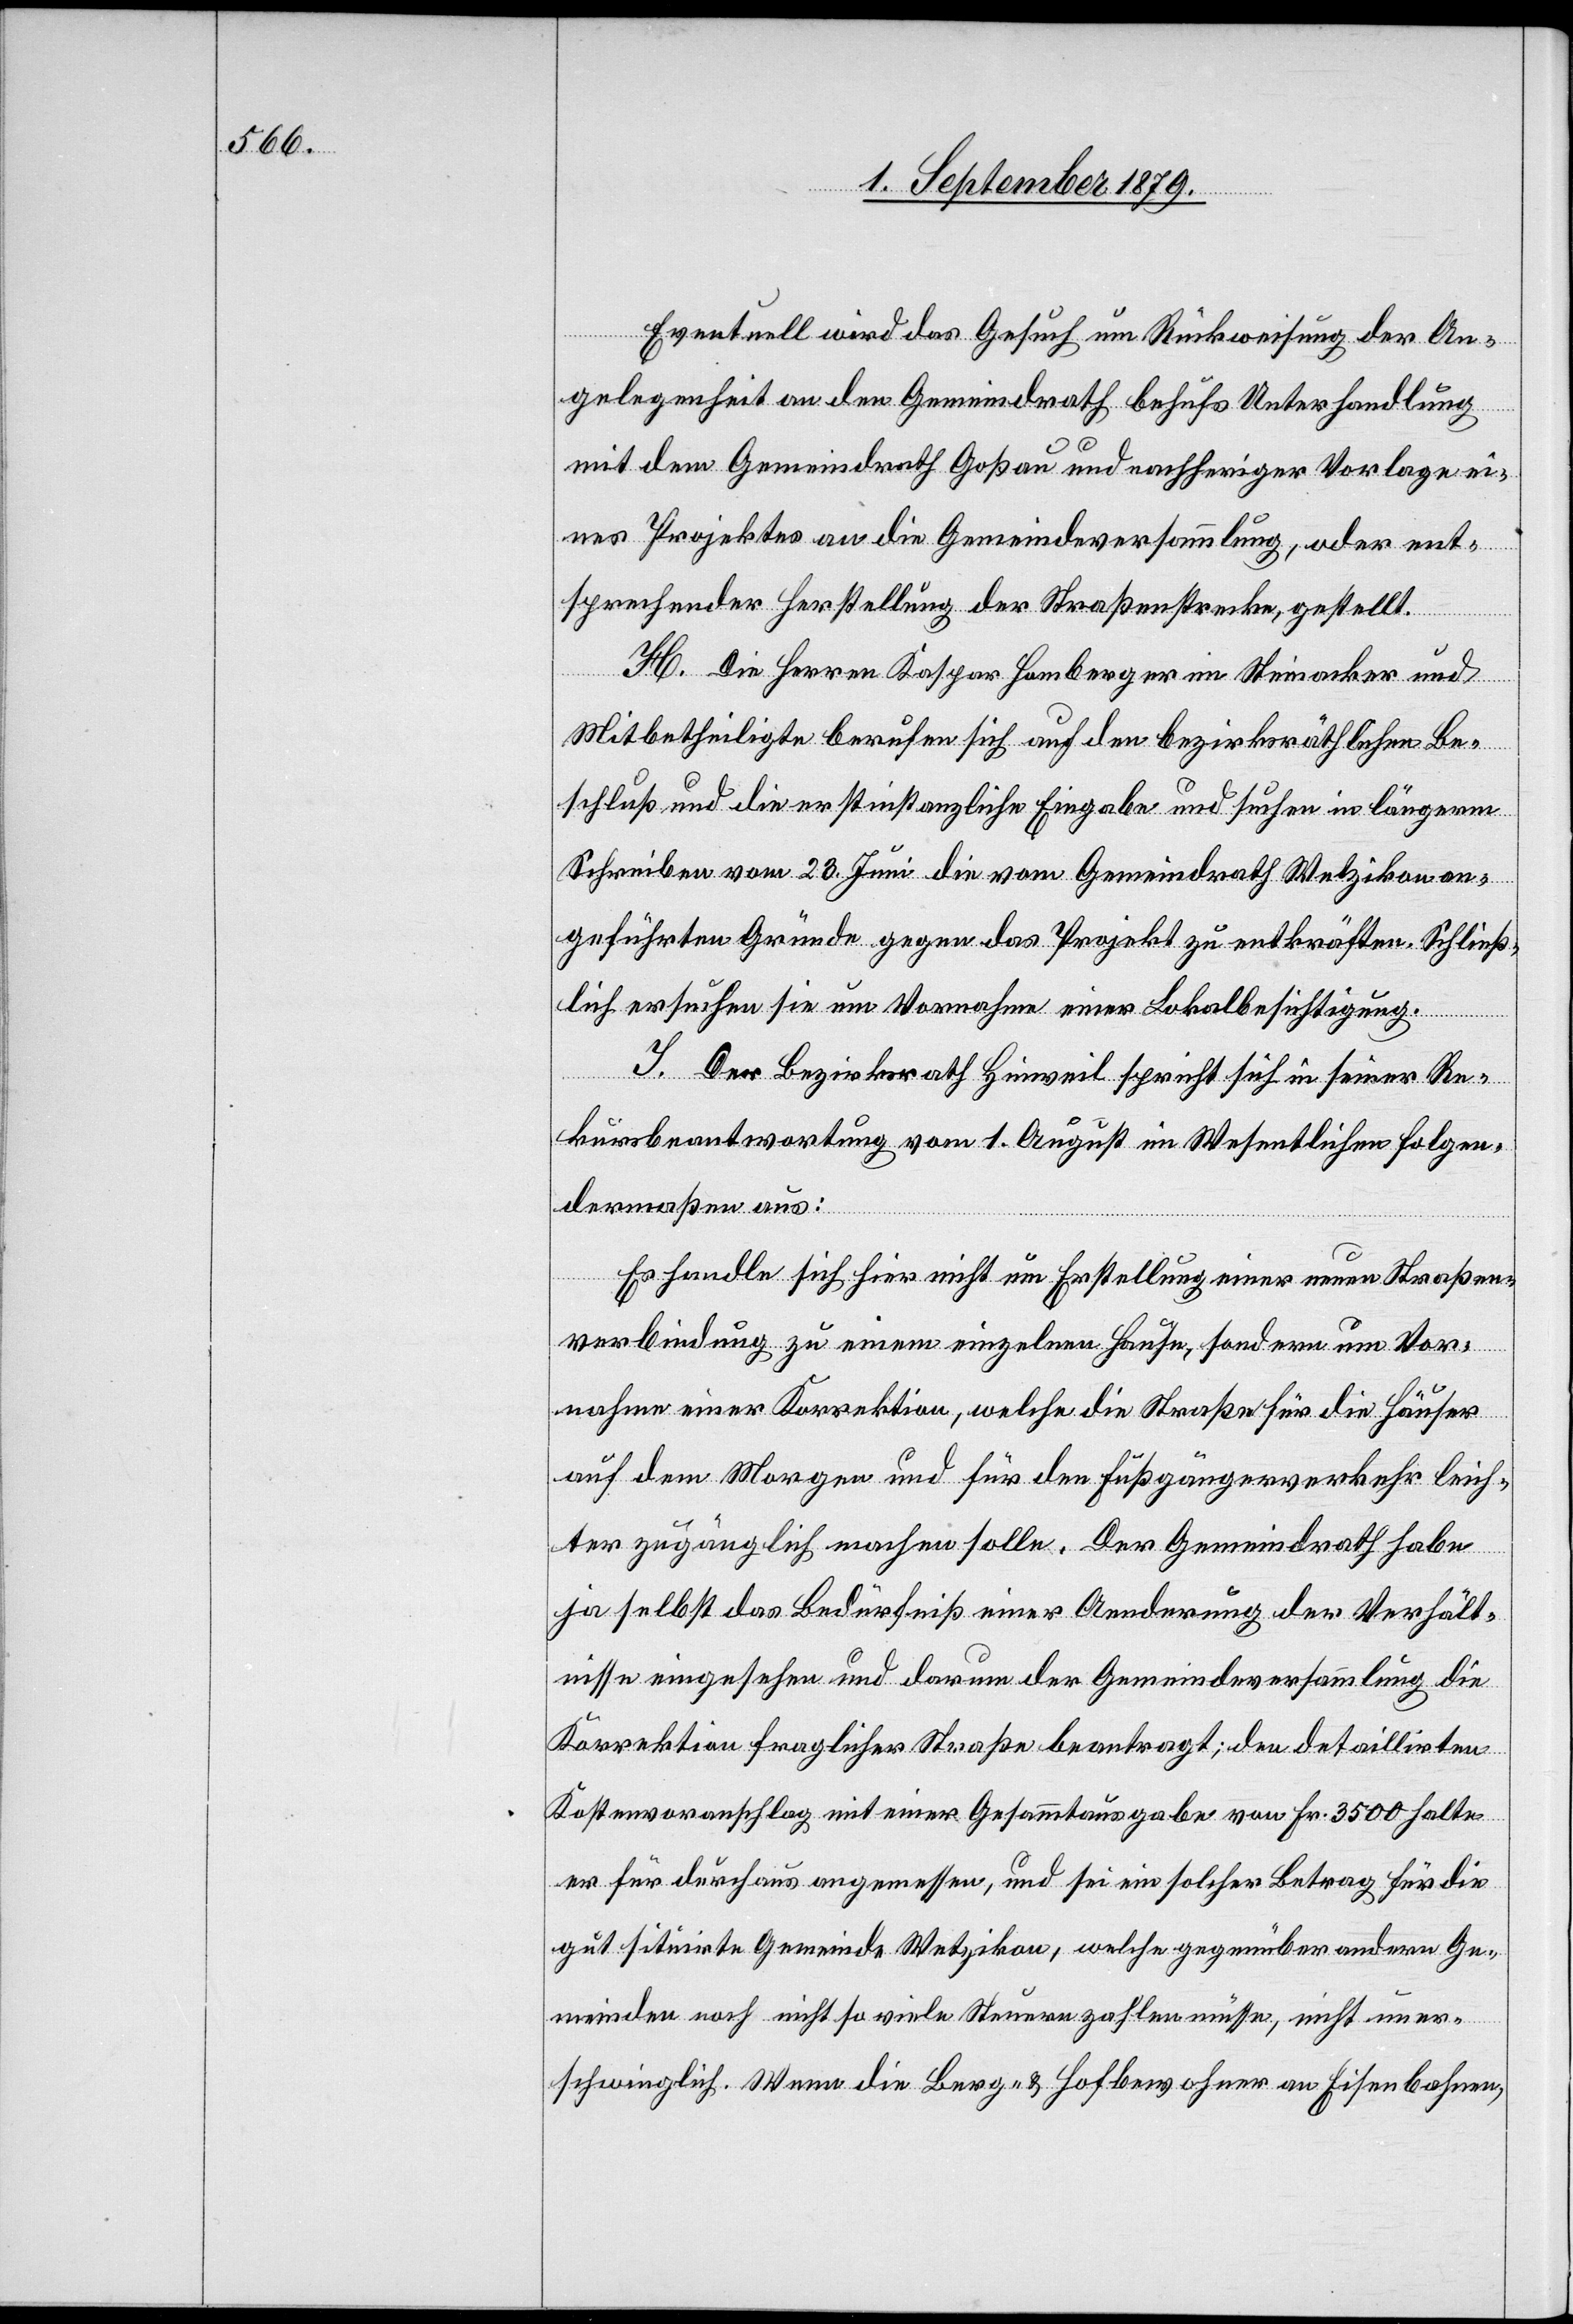
Eventuell wird das Gesuch um Rückweisung der An¬
gelegenheit an den Gemeindrath behufs Unterhandlung
mit dem Gemeindrath Goßau und nachheriger Vorlage ei¬
nes Projektes an die Gemeindeversammlung, oder ent¬
sprechender Herstellung er Straßenstrecke, gestellt.
H. Die Herren Kaspar Homberger im Steinacker und
Mitbetheiligte berufen sich auf den bezirksräthlichen Be¬
schluß und die erstinstanzliche Eingabe und suchen in längerm
Schreiben vom 23. Juni die vom Gemeindrath Wetzikon an¬
geführten Gründe gegen das Projekt zu entkräften. Schließ¬
lich ersuchen sie um Vornahme einer Lokalbesichtigung.
I. Der Bezirksrath Hinweil spricht sich in seiner Re¬
kursbeantwortung vom 1. August im Wesentlichen folgen¬
dermaßen aus:
Es handle sich hier nicht um Erstellung einer neuen Straßen¬
verbindung zu einem einzelnen Hause, sondern um Vor¬
nahme einer Korrektion, welche die Straße, für die Häuser
auf dem Morgen und für den Fußgängerverkehr leich¬
ter zugänglich machen solle. Der Gemeindrath habe
ja selbst das Bedürfnis einer Aenderung der Verhält¬
nisse eingesehen und darum der Gemeindeversammlung die
Korrektion fraglicher Straße beantragt, den detaillirten
Kostenvoranschlag mit einer Gesammtausgabe von Fr. 3500 halte
er für durchaus angemessen, und sei ein solcher Betrag für die
gut situirte Gemeinde Wetzikon, welche gegenüber andern Ge¬
meinden noch nicht so viele Steuern anzahlen müsse, nicht uner¬
schwinglich. Wenn die Berg- & Hofbewohner an Eisenbahnen,